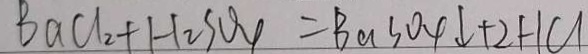
B a C l _ { 2 } + H _ { 2 } S O _ { 4 } = B a S O _ { 4 } \downarrow + 2 H C l